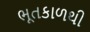
ભૂતકાળથી